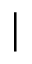
\boldsymbol { \vert }